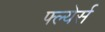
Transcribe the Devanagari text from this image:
फ्ल्येर्स